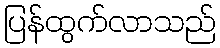
ပြန်ထွက်လာသည်